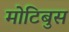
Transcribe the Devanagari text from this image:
मोटिबुस